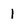
Character: 1